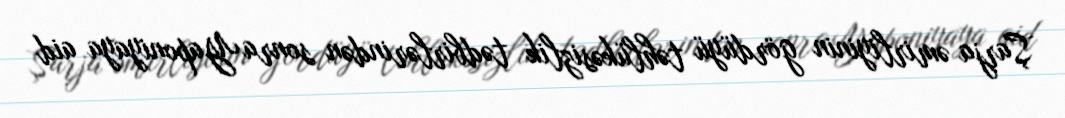
Şarja əmirliyinin gördüyü təhlükəsizlik tədbirlərindən sonra Yaponiyaya aid